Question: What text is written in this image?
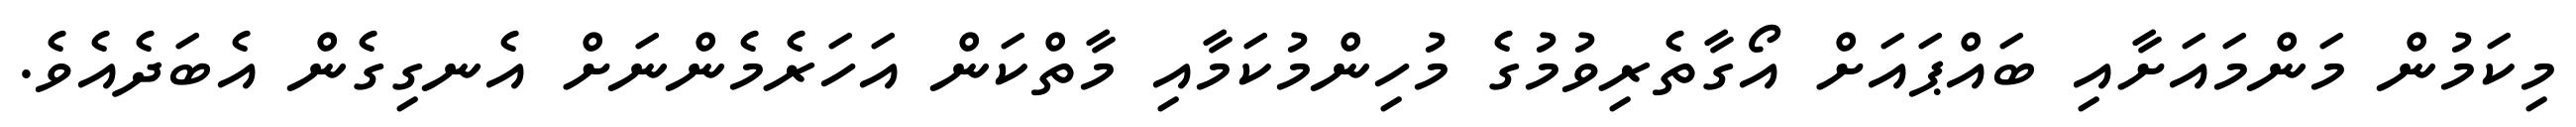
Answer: މިކަމުން މަންމައަށާއި ބައްޕައަށް އޯގާތެރިވުމުގެ މުހިންމުކަމާއި މާތްކަން އަހަރެމެންނަށް އެނގިގެން އެބަދެއެވެ.